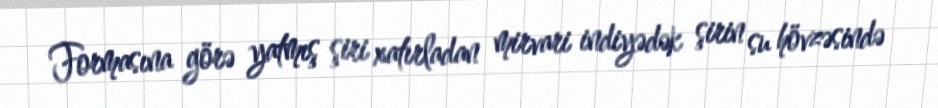
Formasına görə yatmış şiri xatırladan mirvari indiyədək şirin su hövzəsində